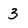
Character: 3